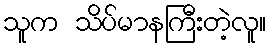
သူက သိပ်မာနကြီးတဲ့လူ။